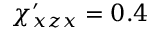
\chi _ { x z x } ^ { \prime } = 0 . 4